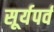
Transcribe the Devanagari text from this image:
सूर्यपर्व